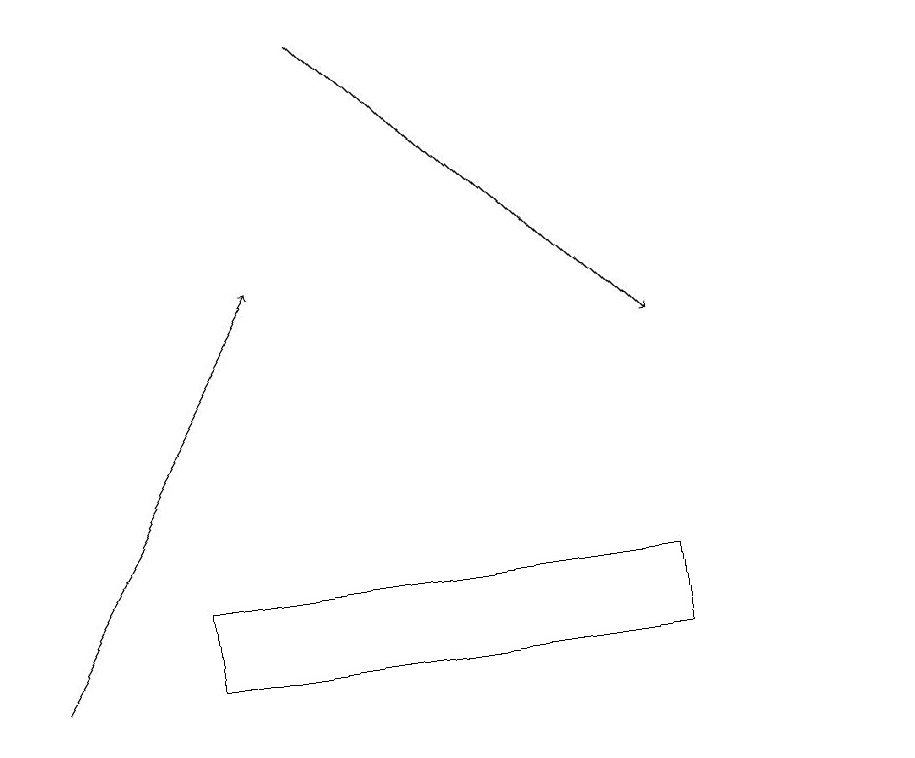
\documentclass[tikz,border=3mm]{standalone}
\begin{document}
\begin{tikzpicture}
\draw[->] (1,11) -- (4,16);
\draw (3,12) rectangle (9,11);
\draw (12,10) circle (0);
\draw[->] (5,19) -- (9,15);
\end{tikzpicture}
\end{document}